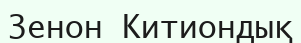
Зенон Китиондық